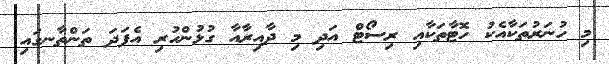
މި ހުނަރުތަކާއެކު ހޮޓާތަކާއި ރިސޯޓް އަދި މި ދާއިރާއާ ގުޅުންހުރި އެފަދަ ތަންތާނގައި